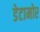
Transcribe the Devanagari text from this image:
डेटामोर